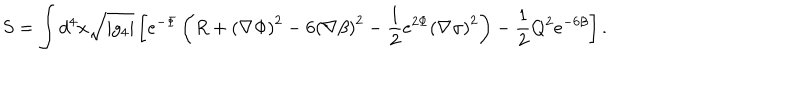
S = \int d ^ { 4 } x \sqrt { | g _ { 4 } | } \left[ e ^ { - \Phi } \left( R + \left( \nabla \Phi \right) ^ { 2 } - 6 \left( \nabla \beta \right) ^ { 2 } - \frac { 1 } { 2 } e ^ { 2 \Phi } \left( \nabla \sigma \right) ^ { 2 } \right) - \frac { 1 } { 2 } Q ^ { 2 } e ^ { - 6 \beta } \right] .